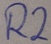
Text: R2